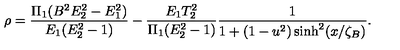
\rho = \frac { \Pi _ { 1 } ( B ^ { 2 } E _ { 2 } ^ { 2 } - E _ { 1 } ^ { 2 } ) } { E _ { 1 } ( E _ { 2 } ^ { 2 } - 1 ) } - \frac { E _ { 1 } T _ { 2 } ^ { 2 } } { \Pi _ { 1 } ( E _ { 2 } ^ { 2 } - 1 ) } \frac { 1 } { 1 + ( 1 - u ^ { 2 } ) \sinh ^ { 2 } ( x / \zeta _ { B } ) } .